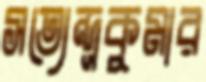
সত্যেন্দ্রকুমার